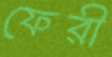
ফেরী